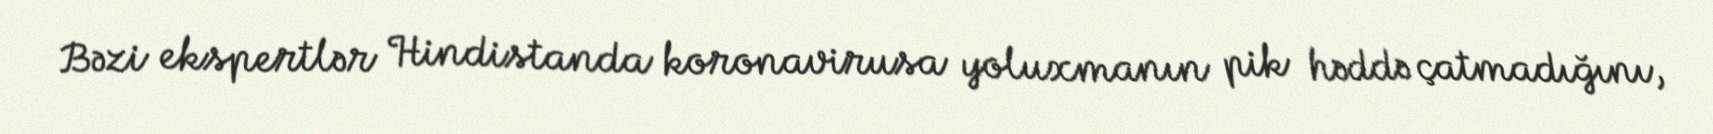
Bəzi ekspertlər Hindistanda koronavirusa yoluxmanın pik həddə çatmadığını,